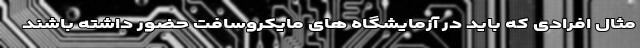
مثال افرادی که باید در آزمایشگاه ‌های مایکروسافت حضور داشته باشند